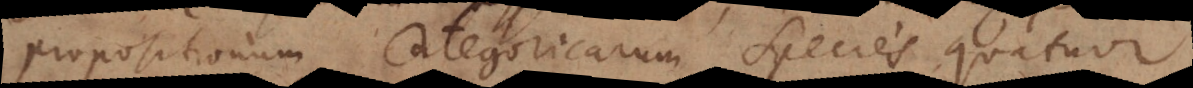
propositionum Categoricarum Species quatuor